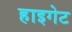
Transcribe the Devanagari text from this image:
हाइगेट